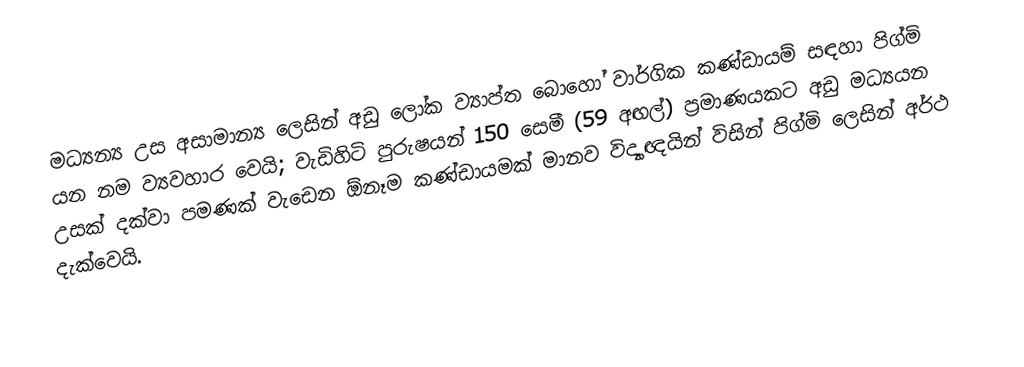
මධ්‍යන්‍ය උස අසාමාන්‍ය ලෙසින් අඩු ලෝක ව්‍යාප්ත බොහෝ වාර්ගික කණ්ඩායම් සඳහා  පිග්මි යන නම ව්‍යවහාර වෙයි; වැඩිහිටි පුරුෂයන් 150 සෙමී (59 අඟල්) ප්‍රමාණයකට අඩු මධ්‍යයන උසක් දක්වා පමණක් වැඩෙන ඕනෑම කණ්ඩායමක්  මානව විද්‍යාඥයින් විසින් පිග්මි ලෙසින් අර්ථ දැක්වෙයි.